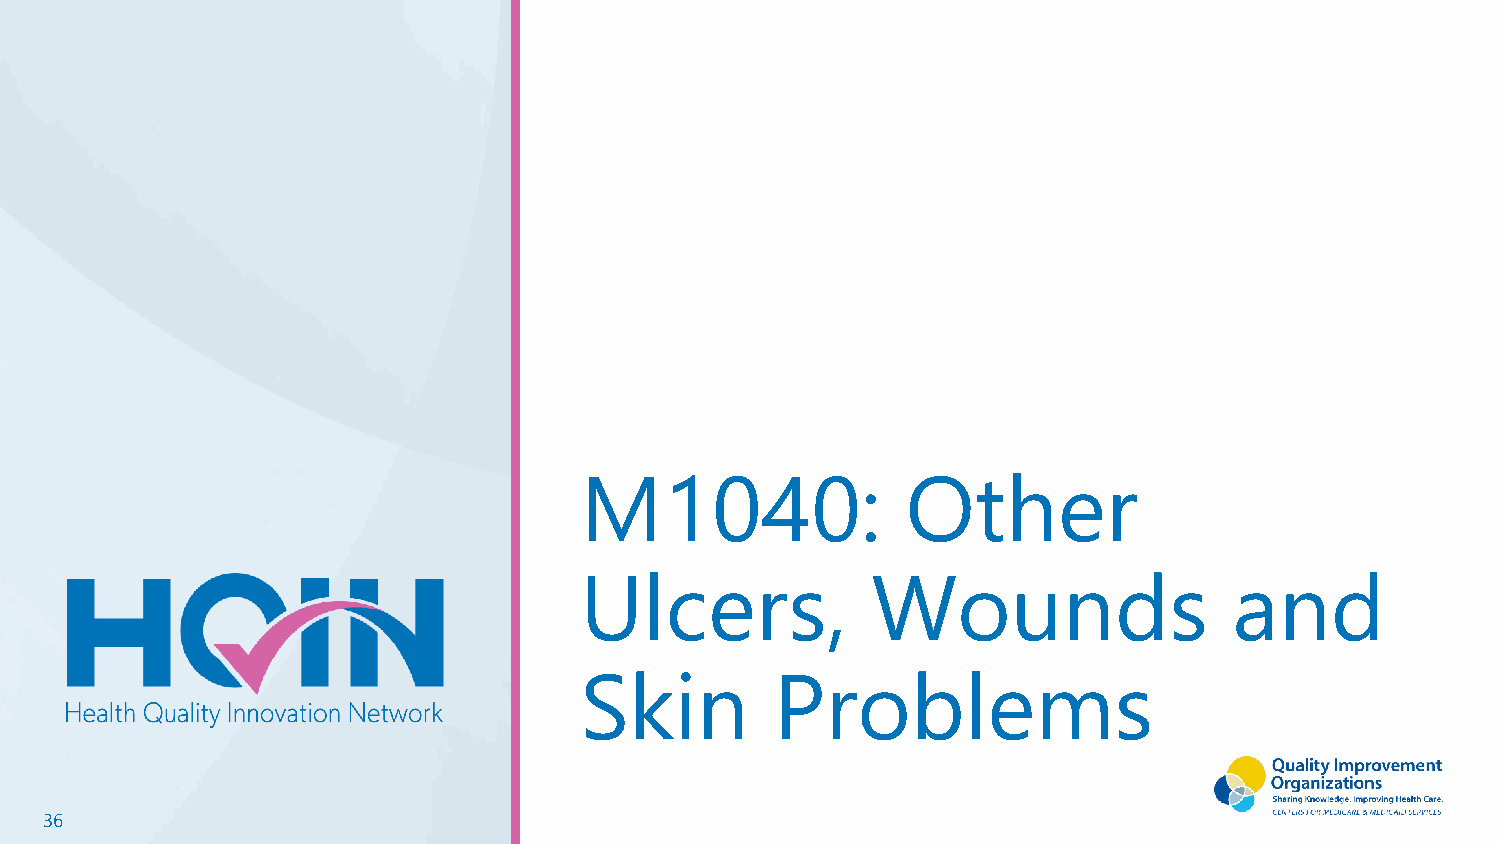
M1040:                Other
 Ulcers,             Wounds                  and
 Skin         Problems
 36